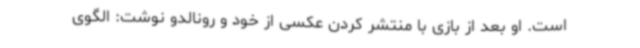
است. او بعد از بازی با منتشر کردن عکسی از خود و رونالدو نوشت: الگوی